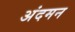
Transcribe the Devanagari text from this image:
अंदमन